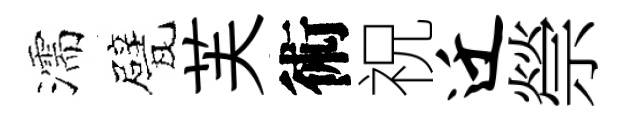
濡甓芙術祝迁禜